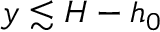
y \lesssim H - h _ { 0 }